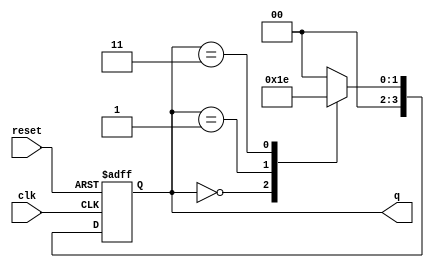
module johnson_counter(
    input clk,
    input reset,
    output reg [n-1:0] q
);

parameter n = 4; // number of bits in the counter
reg [n-1:0] next_state;

always @(posedge clk or posedge reset) begin
    if (reset) begin
        q <= 0;
    end else begin
        q <= next_state;
    end
end

always @(q) begin
    case(q)
        n'd0: next_state = n'd1;
        n'd1: next_state = n'd3;
        n'd2: next_state = n'd0;
        n'd3: next_state = n'd2;
        default: next_state = n'd0;
    endcase
end

endmodule